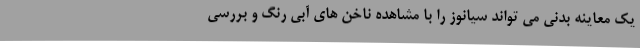
یک معاینه بدنی می تواند سیانوز را با مشاهده ناخن های آبی رنگ و بررسی